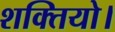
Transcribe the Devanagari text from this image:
शक्तियो।